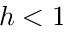
h < 1